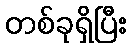
တစ်ခုရှိပြီး